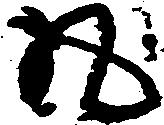
丸